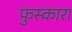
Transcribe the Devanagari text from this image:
फुस्कारा